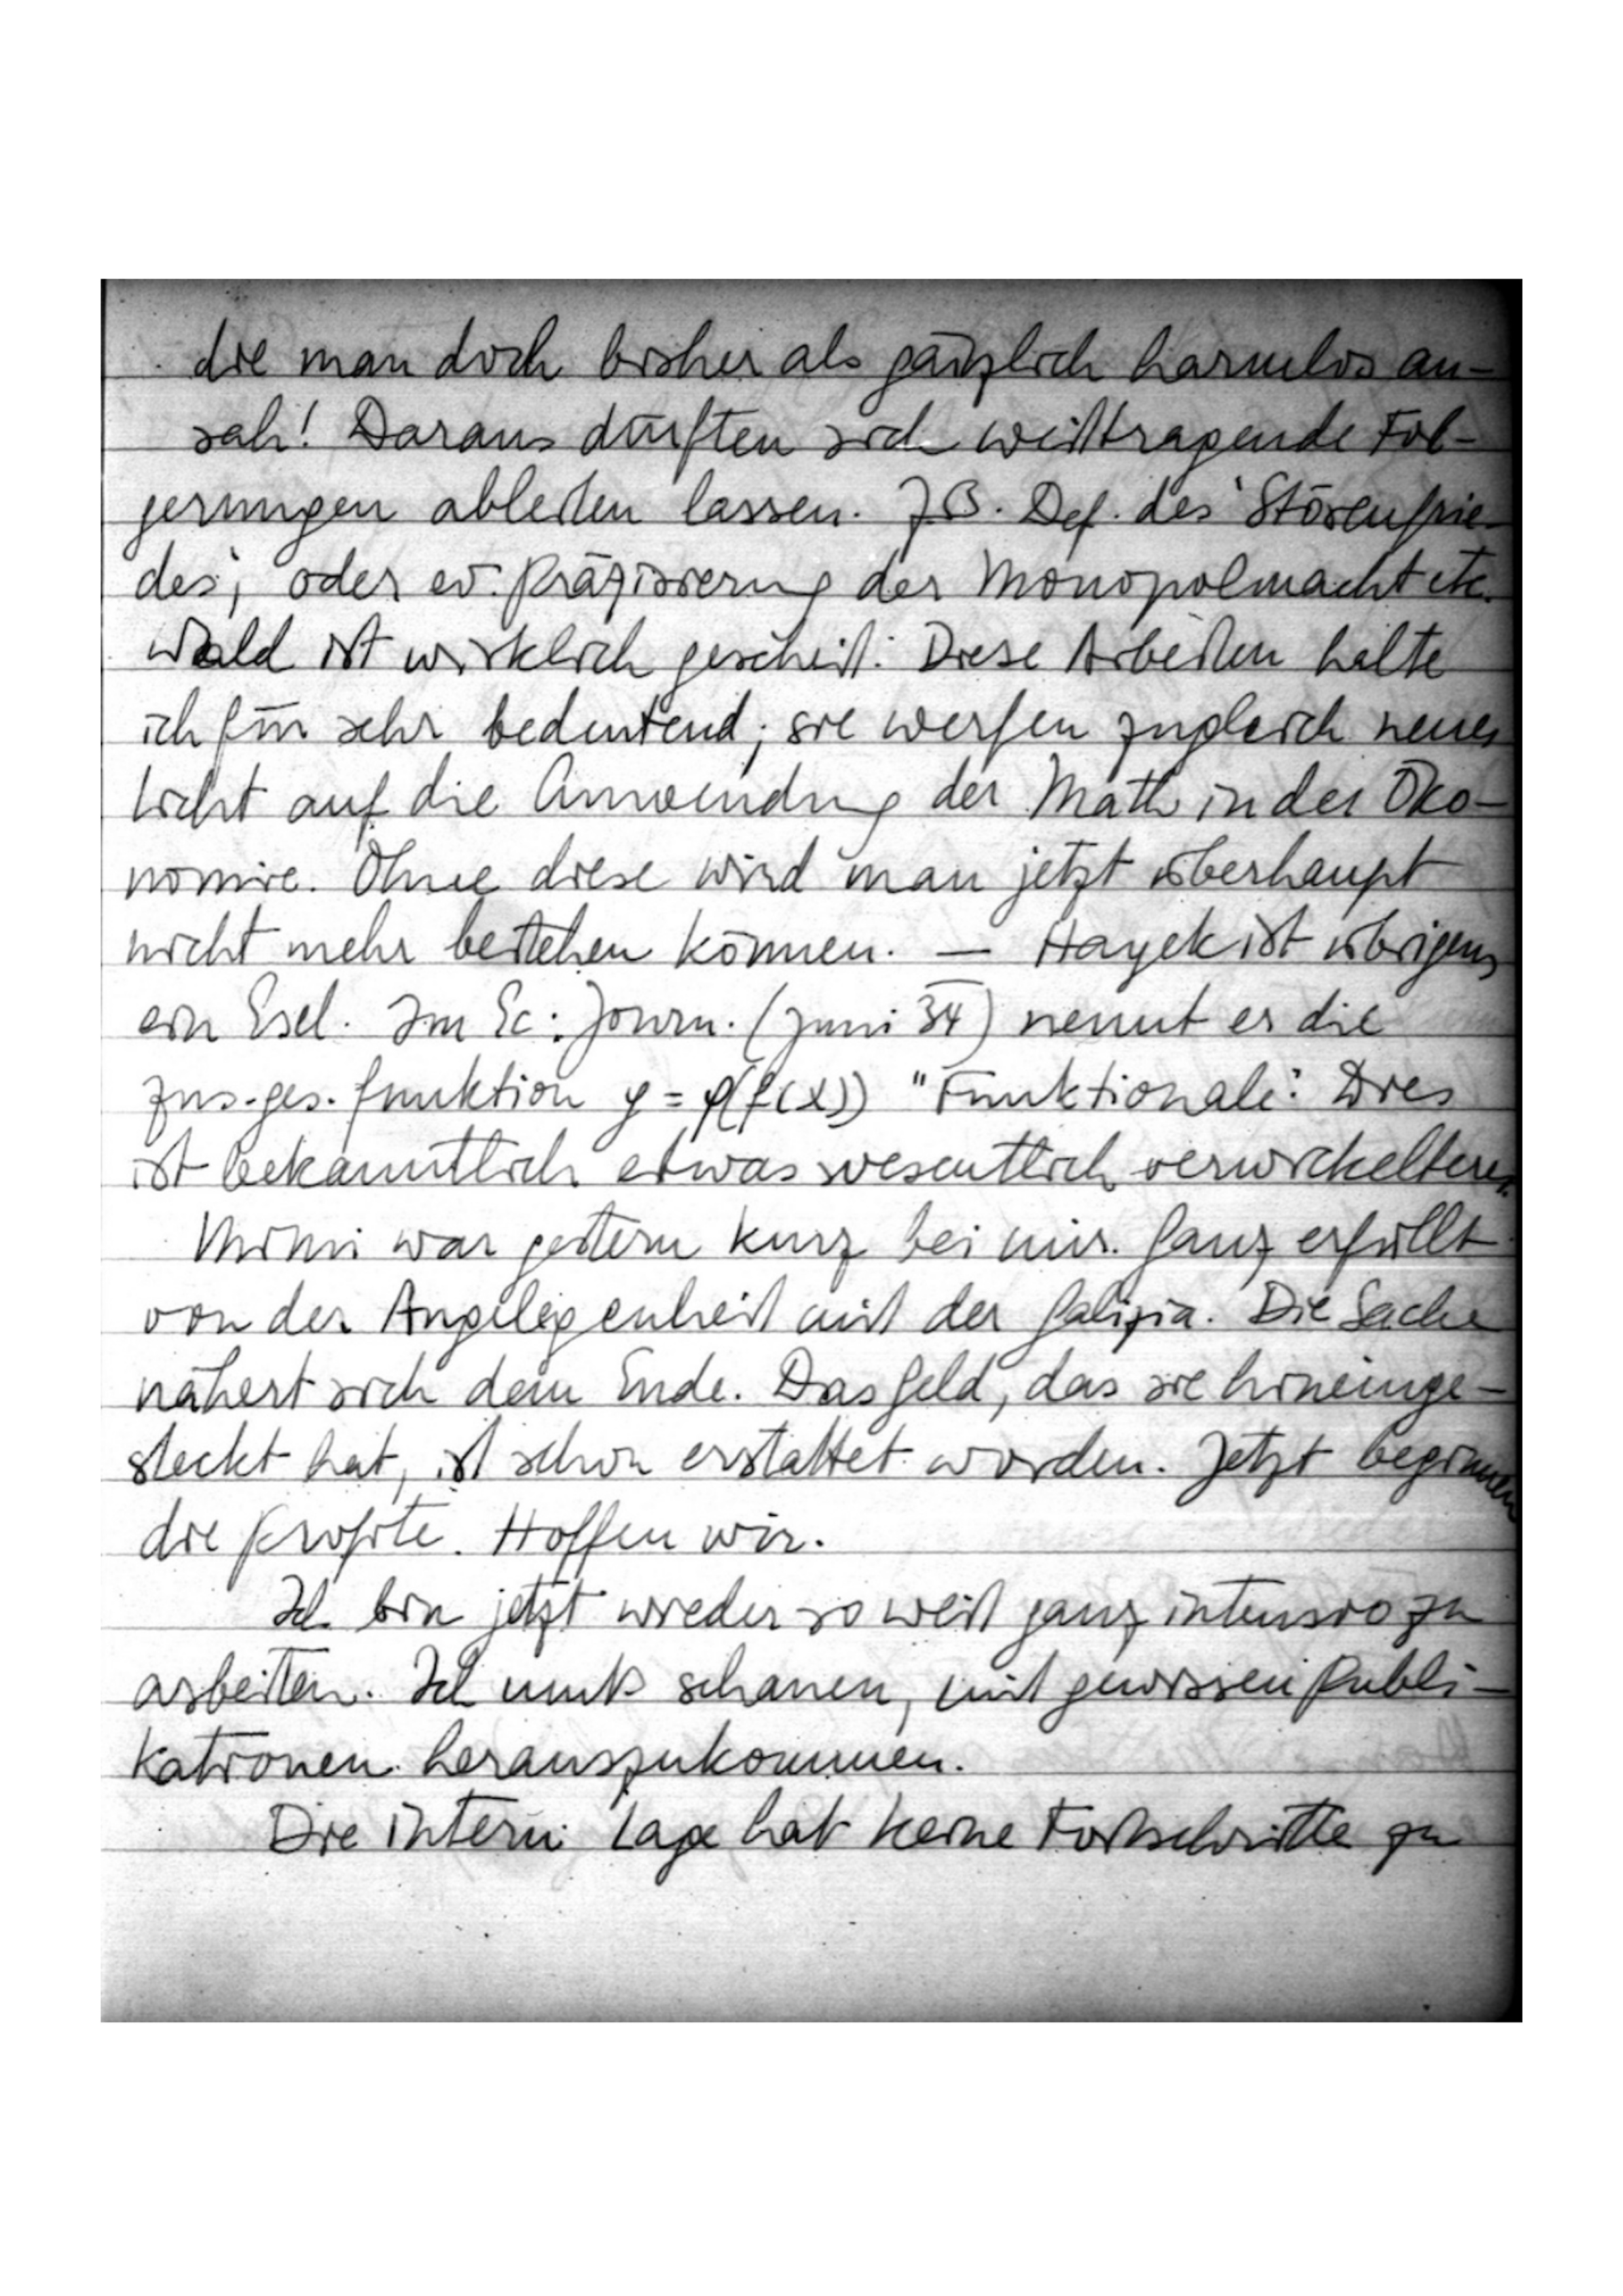
die man doch bisher als gänzlich harmlos an
sah! Daraus dürften sich weittragende Fol
gerungen ableiten lassen: Z. B. Def. des `Störenfrie
des‘, oder ev. Präzisierung der Monopolmacht etc.
Wald ist wirklich gescheit. Diese Arbeiten halte
ich für sehr bedeutend; sie werfen zugleich neues
Licht auf die Anwendung der Math. in der Öko
nomie. Ohne diese wird man jetzt überhaupt
nicht mehr bestehen können. – Hayek ist übrigens
ein Esel. Im Ec. Journ. (Juni 34) nennt er die
Zus.ges.funktion g = φ (f(x)) „Funktionale“. Dies
ist bekanntlich etwas wesentlich verwickeltes
Mimi war gestern kurz bei mir. Ganz erfüllt
von der Angelegenheit mit der Galizia. Die Sache
nähert sich dem Ende. Das Geld, das sie hineinge
steckt hat, ist schon erstattet worden. Jetzt beginnen
die Profite. Hoffen wir.
Ich bin jetzt wieder so weit ganz intensiv zu
arbeiten. Ich muß schauen, mit gewissen Publi
kationen herauszukommen.
Die intern. Lage hat keine Fortschritte zu ver